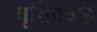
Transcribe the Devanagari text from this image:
वृत्तिप्रवाह